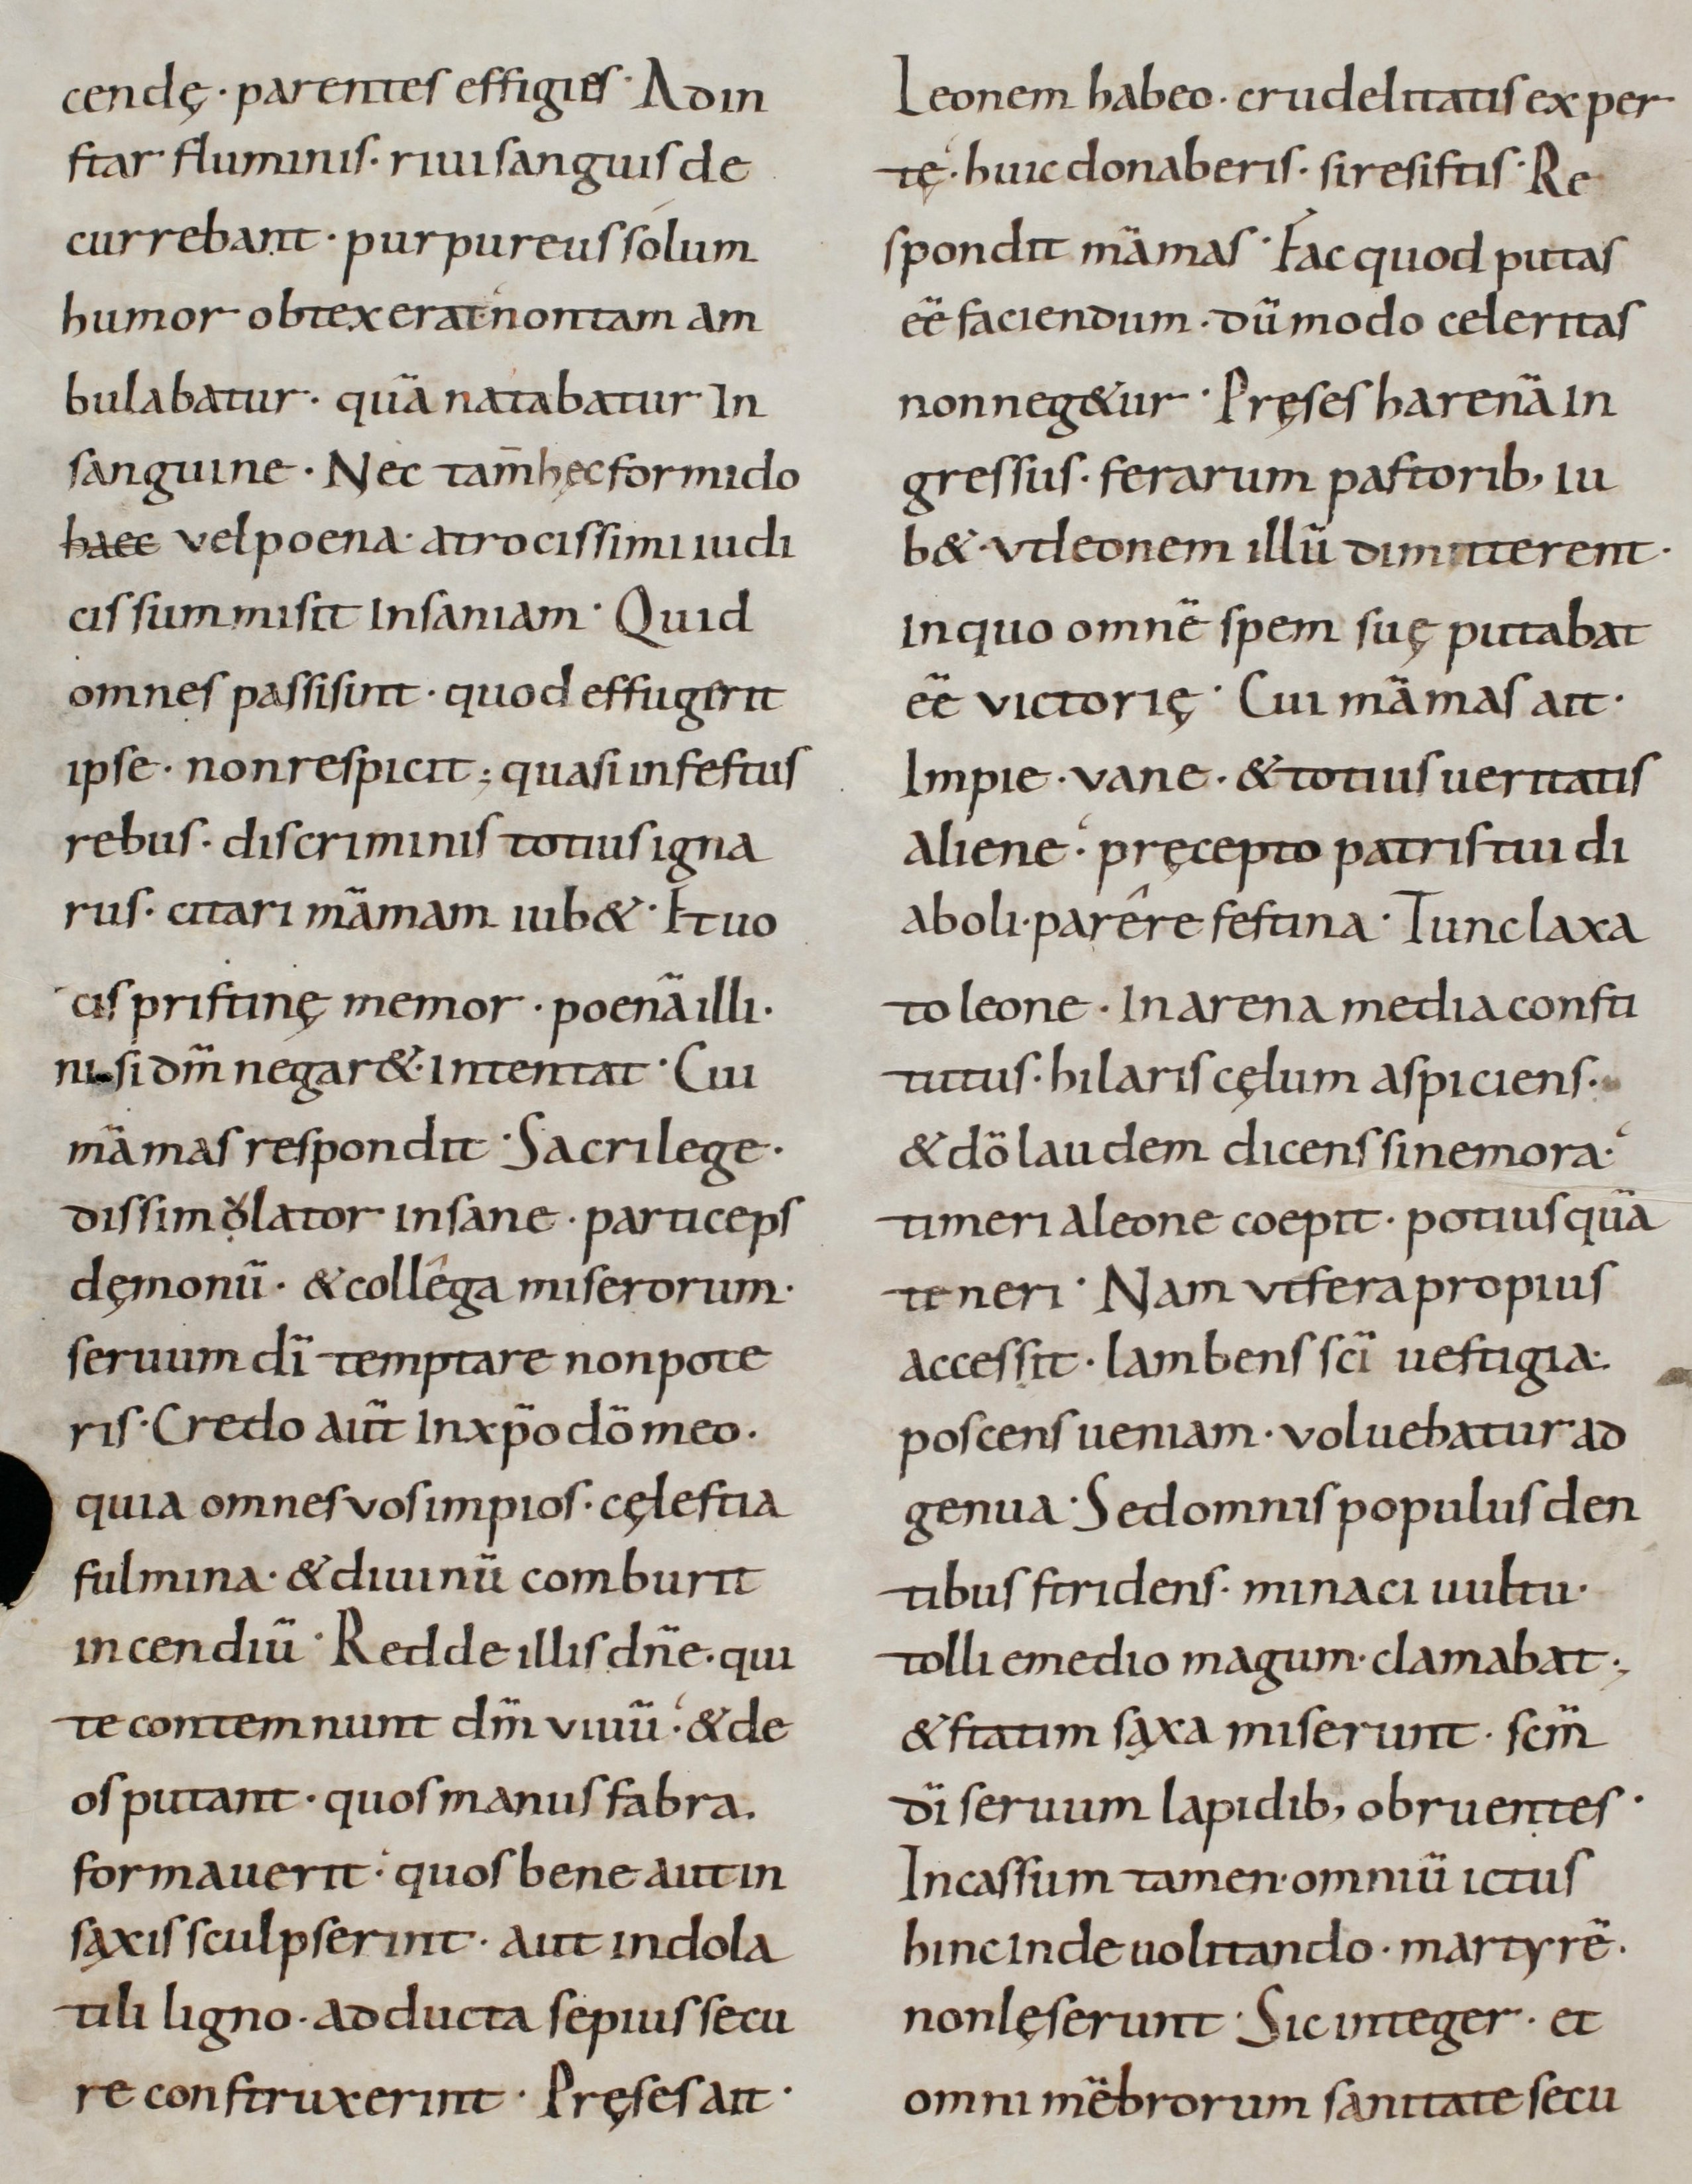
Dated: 800–999